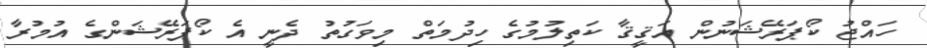
ހައްޖު ކޯޕަރޭޝަނުން އަޤީޤާ ކަތިލުމުގެ ހިދުމަތް މިވަގުތު ދެނީ އެ ކޯޕަރޭޝަންގެ އުމުރާ